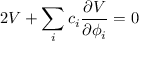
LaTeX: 2 V + \sum _ { i } c _ { i } { \frac { \partial V } { \partial \phi _ { i } } } = 0